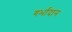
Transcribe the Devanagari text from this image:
गर्भादान